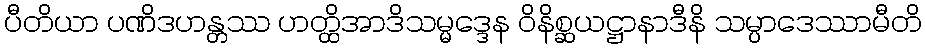
ပီတိယာ ပဏိဒဟန္တဿ ဟတ္ထိအာဒိသမ္မဒ္ဒေန ဝိနိစ္ဆယဋ္ဌာနာဒီနိ သမ္ပာဒေဿာမီတိ